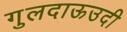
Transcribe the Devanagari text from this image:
गुलदाऊउदी